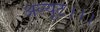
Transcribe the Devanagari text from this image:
अल्यूट।।।